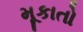
મૂકાતો